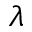
\lambda